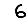
Digit: 6